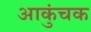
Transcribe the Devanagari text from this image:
आकुंचक